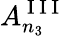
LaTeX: A_{n_{3}}^{\mathrm{~I~I~I~}}